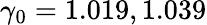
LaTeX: \gamma_{0}=1.019,1.039